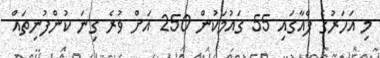
މި އަހަރުގެ ފެއާގައި 55 ގައުމަކުން 250 އަށް ވުރެ ގިނަ ކުންފުނިތައް